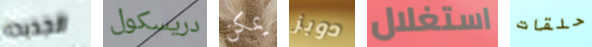
الجديده دريسكول يمكن دوبز استغلال حلقات